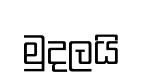
මුදලයි